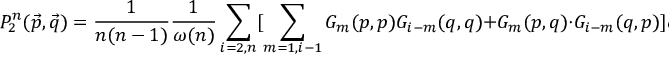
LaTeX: P _ { 2 } ^ { n } ( \vec { p } , \vec { q } ) = \frac { 1 } { n ( n - 1 ) } \frac { 1 } { \omega ( n ) } \sum _ { i = 2 , n } [ \sum _ { m = 1 , i - 1 } G _ { m } ( p , p ) G _ { i - m } ( q , q ) + G _ { m } ( p , q ) \cdot G _ { i - m } ( q , p ) ] \omega ( n - i ) ,